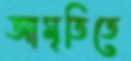
আমৃতিতে